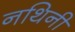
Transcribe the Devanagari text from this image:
नथिनी